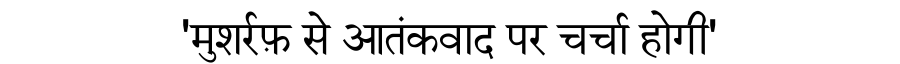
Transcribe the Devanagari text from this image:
'मुशर्रफ़ से आतंकवाद पर चर्चा होगी'